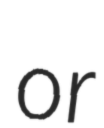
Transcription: or